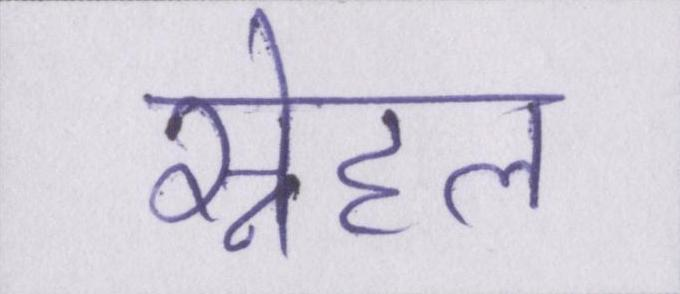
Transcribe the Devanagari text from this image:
स्नेहल